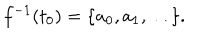
f ^ { - 1 } ( t _ { 0 } ) = \{ a _ { 0 } , a _ { 1 } , \dots \} .